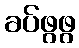
ခပ်ဖွဖွ